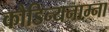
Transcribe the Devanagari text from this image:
कौडिन्यनाम्ना